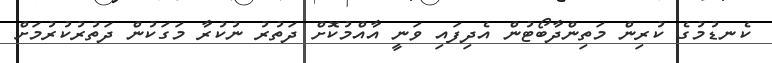
ކެނޑުމުގެ ކުރިން މަތިންދާބޯޓުން އެދިފައި ވަނީ އާއްމުކޮށް ދަތުރު ނުކުރާ މަގަކުން ދަތުރުކުރުމަށް